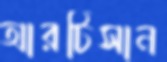
আরটিসান